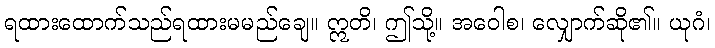
ရထားထောက်သည်ရထားမမည်ချေ။ ဣတိ၊ ဤသို့။ အဝေါစ၊ လျှောက်ဆို၏။ ယုဂံ၊